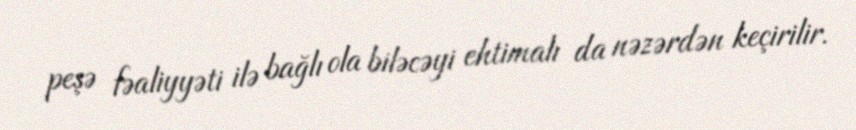
peşə fəaliyyəti ilə bağlı ola biləcəyi ehtimalı da nəzərdən keçirilir.